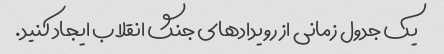
یک جدول زمانی از رویدادهای جنگ انقلاب ایجاد کنید.